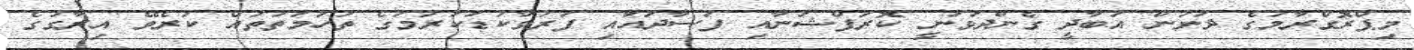
މިޕްރޮގްރާމުގެ ދަށުން އަބާދީ ގެންދަވަނީ ކޮރަޕްޝަނާއި ފަސާދައާއި ފަރުވާކުޑަކުރުމުގެ ތުހުމަތުތައް ކުރެވޭ އިރާގުގެ